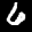
Label: 6